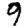
Digit: 9